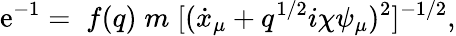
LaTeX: \mathrm{e}^{-1}=\; f(q)\; m\; [(\dot{{x}}_{\mu}+q^{1/2}i\chi\psi_{\mu})^{2}]^{-1/2},